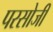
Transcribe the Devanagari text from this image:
परसोजी